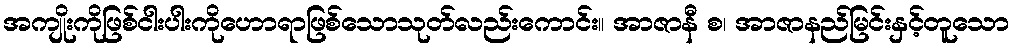
အကျိုးကိုဖြစ်ငါးပါးကိုဟောရာဖြစ်သောသုတ်လည်းကောင်း။ အာဇာနီ စ၊ အာဇာနည်မြင်းနှင့်တူသော